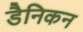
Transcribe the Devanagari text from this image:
डैनिकन